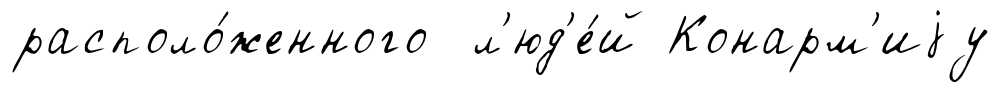
располо́женного л'юд'е́й Конарм'иjу